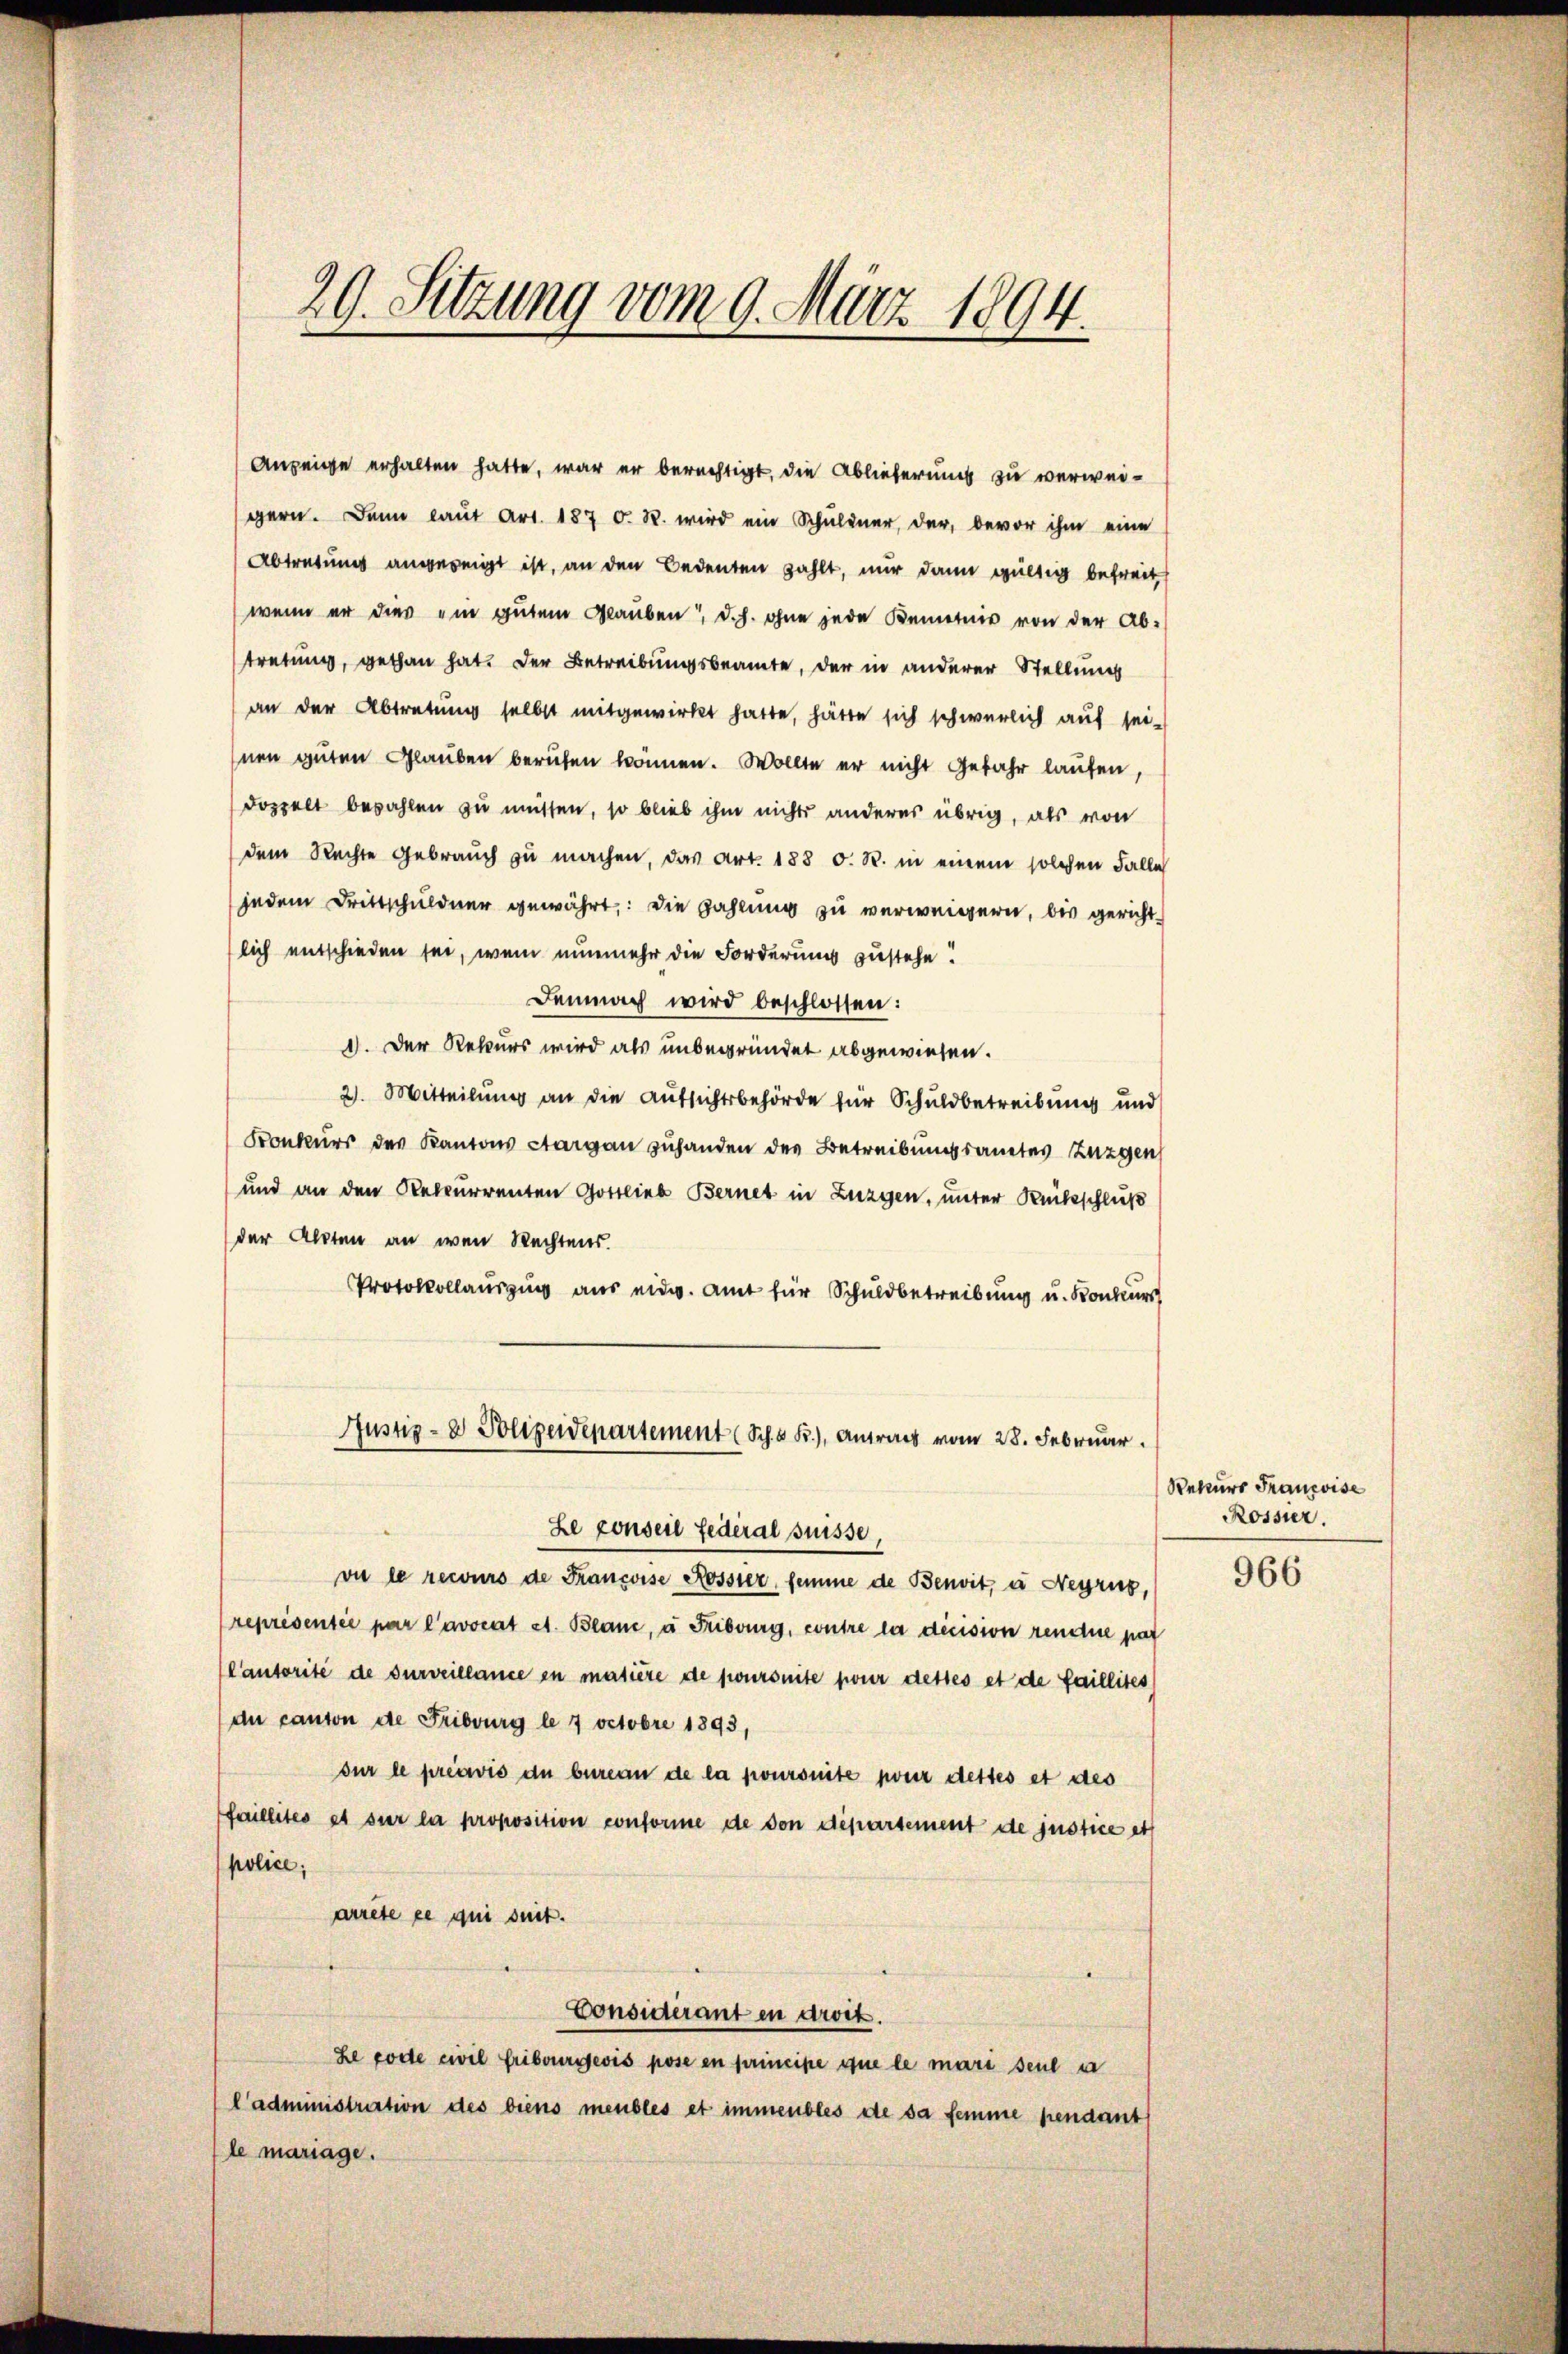
29. Sitzung vom 9. März 1894.

Anzeige erhalten hatte, war er berechtigt, die Ablieferung zu verweigern. Dann laut Art. 187 d. R. wird ein Schuldner, der, bevor ihm eine
Abtretung angezeigt ist, an den Bedeuten zahlt, nur dann gültig befreit
wenn er dies ein gutem Glauben, d. h. ohne jede Kenntnis von der Ab-
tretung, gethan hat. Der Betreibungsbeamte, der in anderer Stellung
an der Abtretung selbst mitgewirkt hatte, hätte sich schwerlich auf sei-
hnen guten Glauben berufen können. Wollte er nicht Gefahr laufen,
doppelt bezahlen zu müssen, so blieb ihm nichts anderes übrig, als von
dem Rechte Gebrauch zu machen, das Art. 188 d. R. in einem solchen Falle
jedem Drittschuldner gewährt: Die Zahlung zu verweigern, bis gerichtlich entschieden sei, wenn nunmehr die Forderung zustehe
Demnach wird beschlossen:
I. Der Rekurs wird als unbegründet abgewiesen.
2. Mitteilung an die Aufsichtsbehörde für Schuldbetreibung und
Konkurs des Kantons Aargau zuhanden des Betreibungsamtes Zuzgen
und an den Selcurrenten Gottlieb Bernet in Zuzgen, unter Rückschluß
der Alten an wen Rechtens.
Protokollauszug aus eid. Amt für Schuldbetreibung u. Konkurs
Justiz- & Polizeidepartement (Sch 5 Fr.), Antrag vom 28. Februar.
Le conseil fédéral puisse,
vu le recours de Francoise Rossier, femme de Benvit, à Neyrus,
représentée par l’avocat et. Blanc, à Fribourg, contre la décision rendue par
(Cautorité de surveillance in matière de joursuite pour desses et de faillites)
du canton de Friburg le 7 octobre 1893,
sur le préavis du bureau de la poursuite pour dettes et des
faillités et sur la proposition conforme de von département de justice et
police;
arrête ce qui suit.
Considerant in droit.
Le code civil Fribourgeois pose en principe que le mari seul a
l’administration des biens meubles et immeubles de sa femme pendant
le mariage.

Rekurs Francoise
Rossier.

966